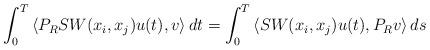
LaTeX: \begin{align*}\int_0^T\left<P_RSW(x_i,x_j)u(t),v\right>dt=\int_0^T\left<SW(x_i,x_j)u(t),P_Rv\right>ds\end{align*}